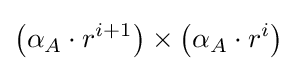
\left(\alpha _{A}\cdot r^{i+1}\right)\times \left(\alpha _{A}\cdot r^{i}\right)